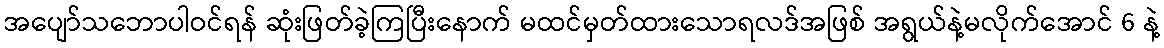
အပျော်သဘောပါဝင်ရန် ဆုံးဖြတ်ခဲ့ကြပြီးနောက် မထင်မှတ်ထားသောရလဒ်အဖြစ် အရွယ်နဲ့မလိုက်အောင် 6 နဲ့